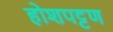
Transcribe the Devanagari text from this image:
होशपट्टण